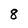
Character: 8